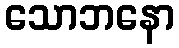
သောဘနော